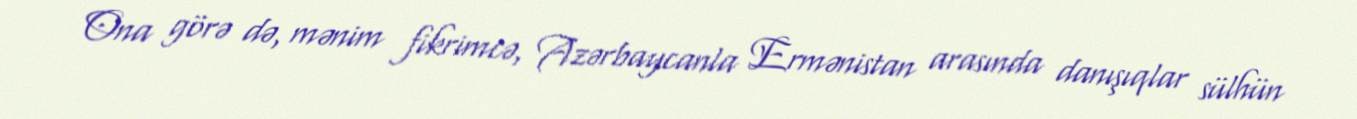
Ona görə də, mənim fikrimcə, Azərbaycanla Ermənistan arasında danışıqlar sülhün